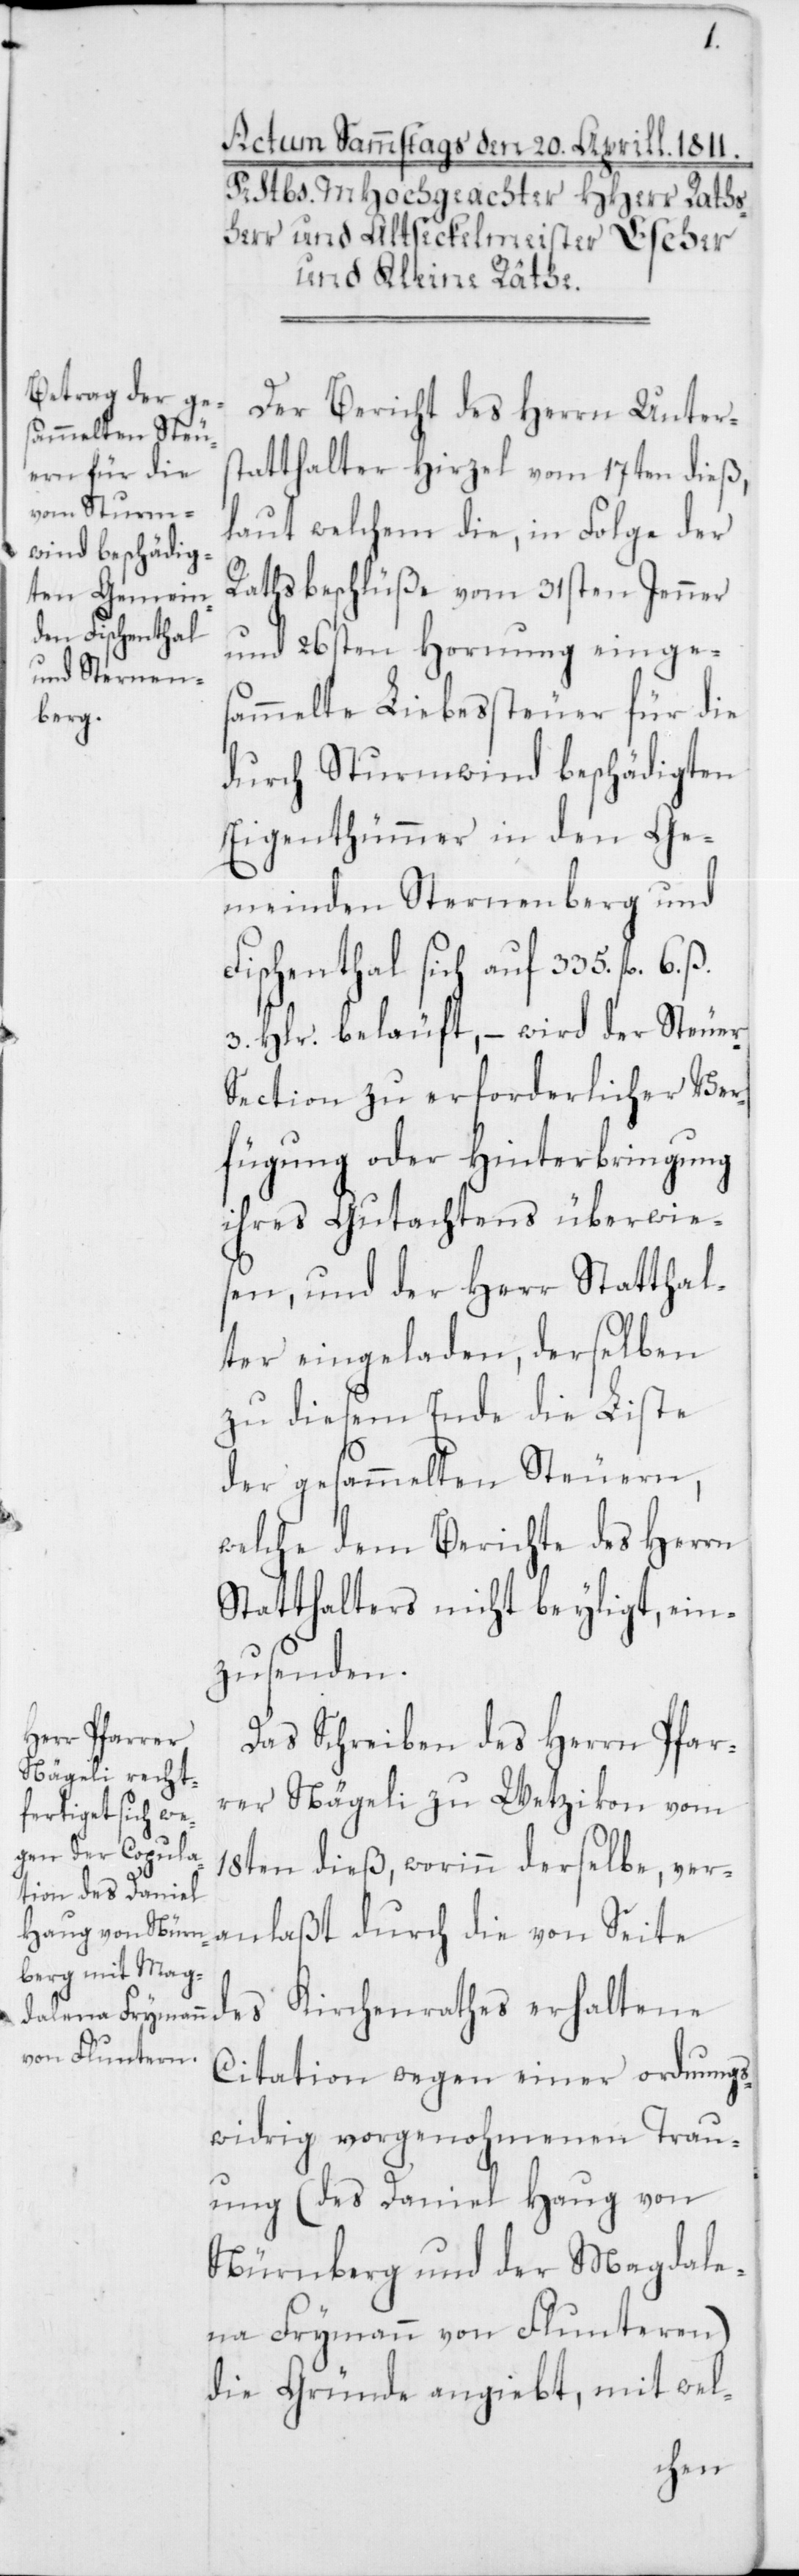
Der Bericht des Herrn Unter¬
statthalter Hirzel vom 17ten dieß,
laut welchem die, in Folge der
Rathsbeschlüße vom 31sten Jenner
und 26sten Hornung einges¬
ammelte Liebessteuer für die
durch Sturmwind beschädigten
Eigenthümmer in den Ge¬
meinden Sternenberg und
Fischenthal sich auf 335. fl. 6.
3. Hlr. beläuft, – wird der Steue¬
r-Section zu erforderlicher Ver¬
fügung oder Hinterbringung
ihres Gutachtens überwie¬
sen, und der Herr Statthal¬
ter eingeladen, derselben
zu diesem Ende die Liste
der gesammelten Steuern,
welche dem Berichte des Herrn
Statthalters nicht beyligt, ein¬
zusenden.
Das Schreiben des Herrn Pfar¬
rer Nägeli zu Wetzikon vom
18ten dieß, worinn derselbe, ver¬
anlaßt durch die von Seite
Citation wegen einer ordnungs¬
widrig vorgenohmenen Trau¬
ung (des Daniel Haug von
Nürnberg und der Magdale¬
na Frymann von Fluntern)
die Gründe angiebt, mit wel-